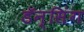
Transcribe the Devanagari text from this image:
डॅन्सिंग